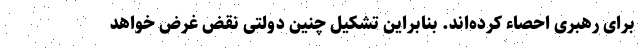
برای رهبری احصاء کرده‌اند. بنابراین تشکیل چنین دولتی نقض غرض خواهد